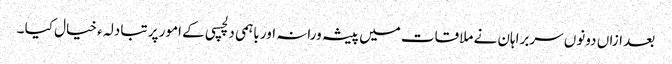
بعد ازاں دونوں سربراہان نے ملاقات میں پیشہ ورانہ اور باہمی دلچسپی کے امور پر تبادلہ ء خیال کیا ۔